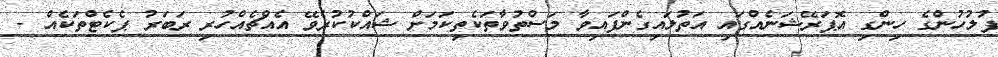
ފުލުހުންގެ ހިންގި އޮޕަރޭޝަނެއްގައި އަތުލައިގެންފައިވާ މަސްތުވާތަކެތިކަމަށް ޝައްކުކުރެވޭ އެއްޗެއްހުރި ރަބަރު ޕެކެޓްތަކެއް -